system: You are a helpful assistant.
user:
Analyze the provided spectrum to determine if it is a **S-type Star**.

- **Key Indicators for S-type Star:**

    - **(Overall Spectrum Shape):** The first and most obvious characteristic is the overall continuum (the "baseline" shape). It is **extremely "red-sloping,"** meaning the flux (light intensity) is very low on the left side (blue, ~4000-4500 Å) and rises steeply and continuously toward the right side (red, ~7000 Å+).

    - **(Primary):** The spectrum is defined by the presence of strong, broad molecular absorption "valleys" (bands) from **Zirconium Oxide (ZrO)**. The identification of these bands is the **primary requirement** for classifying a star as S-type.
        - **(Key Bandheads):** You must find distinct, deep "dips" where the light has been absorbed. The most critical band systems to locate are:
            - **~6474 Å** ($\gamma$-system): This is often the strongest and clearest ZrO feature, found in the red part of the spectrum.
            - **~5718 Å** & **~5551 Å** ($\beta$-system): A pair of prominent absorption features in the yellow-orange part of the spectrum.
            - **~4640 Å** ($\alpha$-system): A key absorption band system in the blue-green region of the spectrum.

    - **(Secondary Confirmation):** The classification is strengthened by finding additional absorption bands from other related heavy element oxides, which are expected to be present alongside ZrO.
        - **(Key Bandheads):**
            - **Yttrium Oxide (YO):** Look for absorption dips near **~4800 Å** and **~6100 Å**.
            - **Lanthanum Oxide (LaO):** Additional absorption features, particularly in the red-orange part of the spectrum, are also characteristic.

    - **(Line Profile):** The combination of the steep red continuum and these numerous, deep molecular bands (ZrO, YO, etc.) gives the entire spectrum a very **"chopped-up"** or **"bumpy"** appearance. Instead of a smooth curve, the spectrum looks as though large, wide chunks of light have been "carved out" of it at the specific wavelengths listed above.

Think first, call **spectral_visualization_tool** if needed to examine features in detail, then provide your final answer. Your response must adhere to the following strict rules:
1.  **Overall Structure:** Your response must follow the format `<think>...</think> <tool_call>...</tool_call> (if a tool is used) <answer>...</answer>`.
2.  **Tool Usage Constraint:** You may only make **one** tool call per turn.
3.  **Final Answer Format:** In the `<answer>` tag, your conclusion must be inside a `\boxed{}` command (e.g., `\boxed{YES}` or `\boxed{NO}`), followed by your justification.

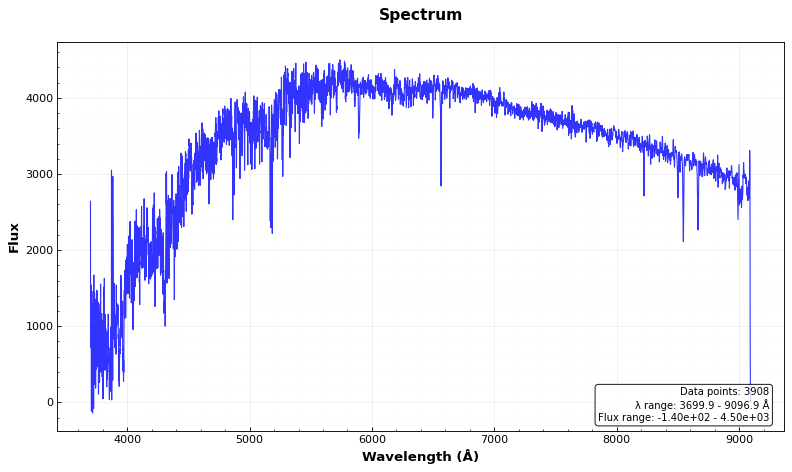
Answer: NO